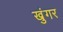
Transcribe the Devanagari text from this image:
खुंगर